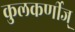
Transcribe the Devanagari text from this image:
कुलकर्णीज्